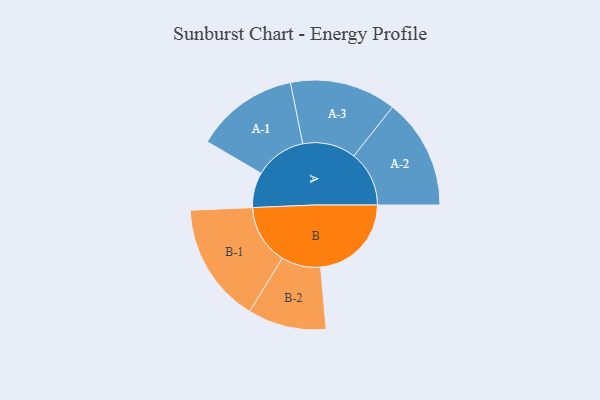
{"axis": {"x": "Segment", "y": "Value"}, "legend": ["", "A", "B"], "data": [{"x": "A", "y": 171, "type": ""}, {"x": "B", "y": 442, "type": ""}, {"x": "A-1", "y": 251, "type": "A"}, {"x": "A-2", "y": 269, "type": "A"}, {"x": "A-3", "y": 259, "type": "A"}, {"x": "B-1", "y": 292, "type": "B"}, {"x": "B-2", "y": 191, "type": "B"}]}